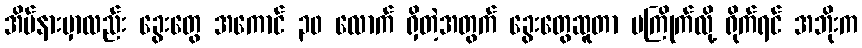
အိမ်နားမှာလည်း ခွေးတွေ အကောင် ၃၀ လောက် ရှိတဲ့အတွက် ခွေးတွေဆူတာ မကြိုက်လို့ ရိုက်ရင် အဘိုးက